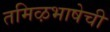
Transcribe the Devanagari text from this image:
तमिऴभाषेची